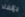
بإنقاذ